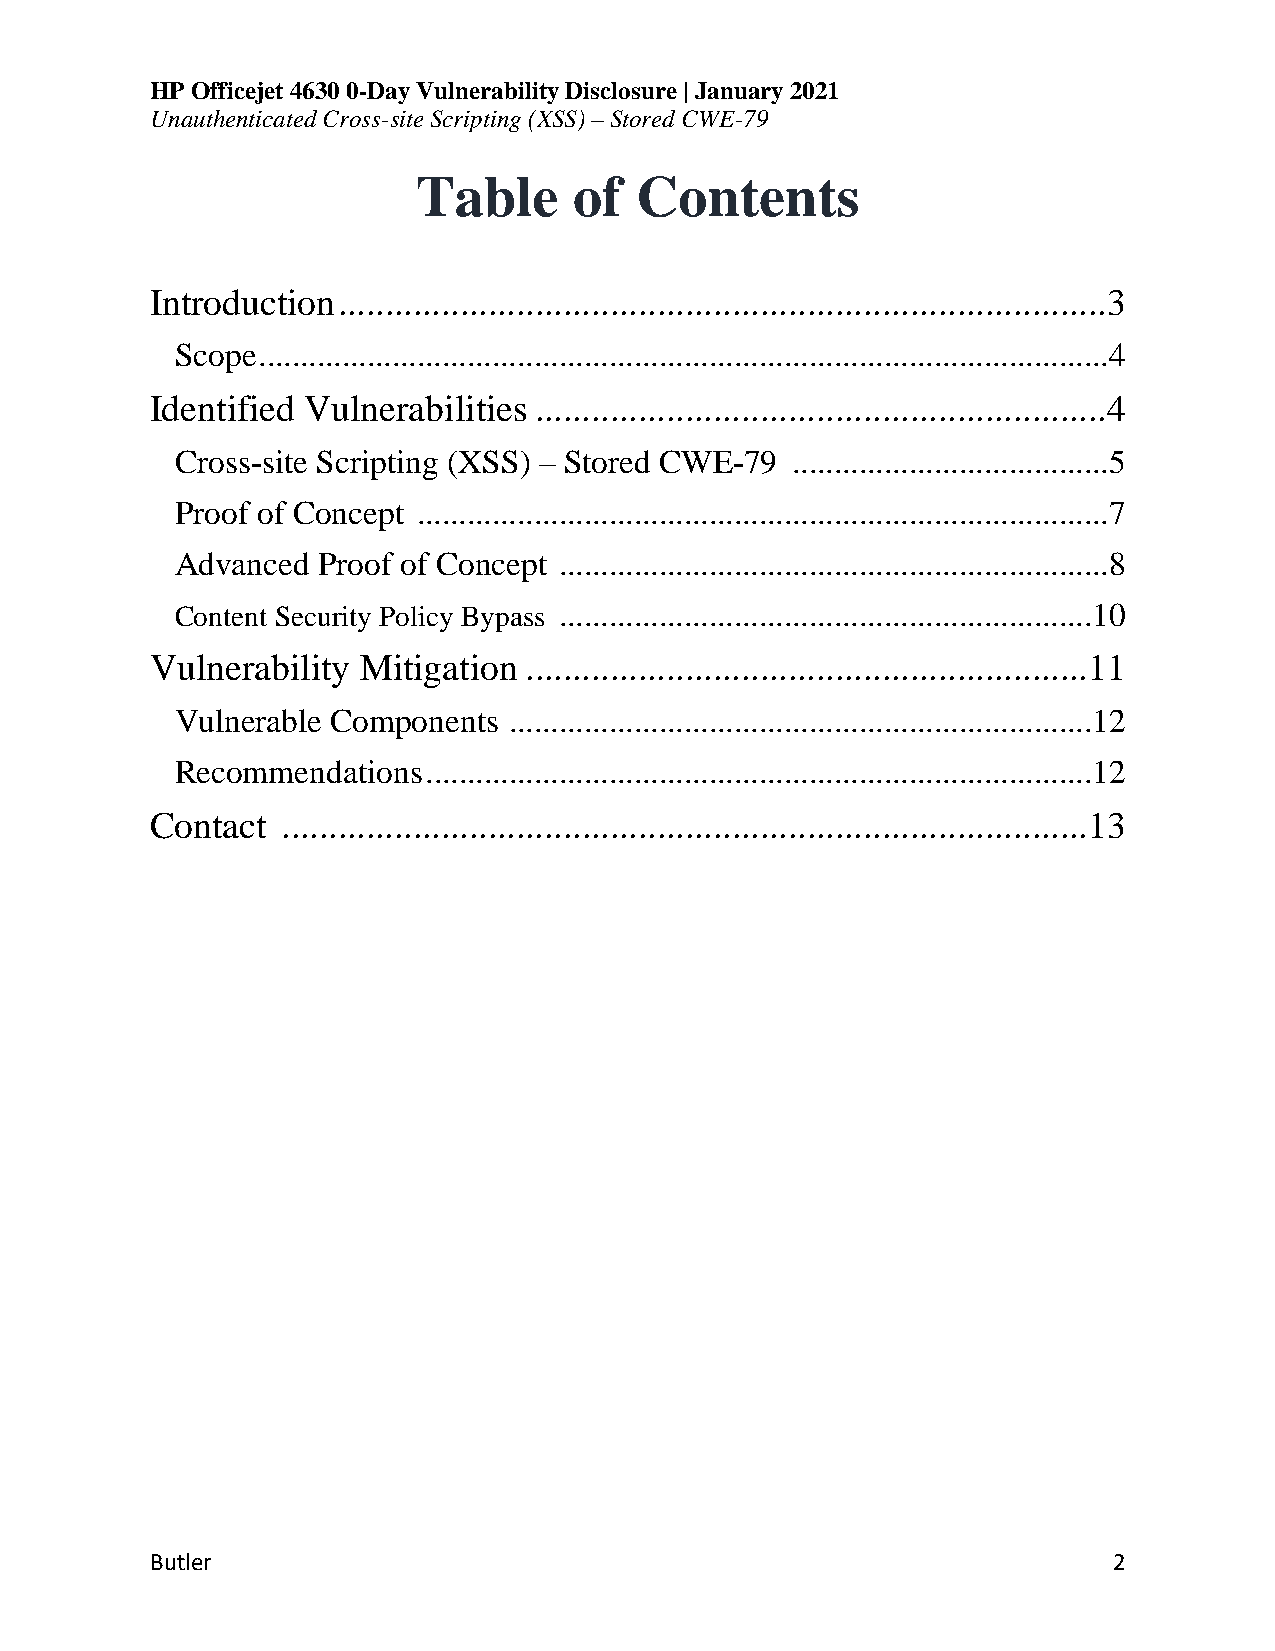
HP Officejet 4630 0-Day Vulnerability Disclosure | January 2021
 Unauthenticated Cross-site Scripting (XSS) – Stored CWE-79
 Table     of  Contents
 Introduction ..................................................................................3
 Scope ......................................................................................................4
 Identified Vulnerabilities .............................................................4
 Cross-site Scripting (XSS) – Stored CWE-79 ......................................5
 Proof of Concept ...................................................................................7
 Advanced Proof of Concept ..................................................................8
 Content Security Policy Bypass ................................................................10
 Vulnerability Mitigation ............................................................11
 Vulnerable Components ......................................................................12
 Recommendations ................................................................................12
 Contact  ......................................................................................13
 Butler                                                          2